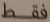
فقط